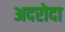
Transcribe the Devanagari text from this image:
अदरोदा